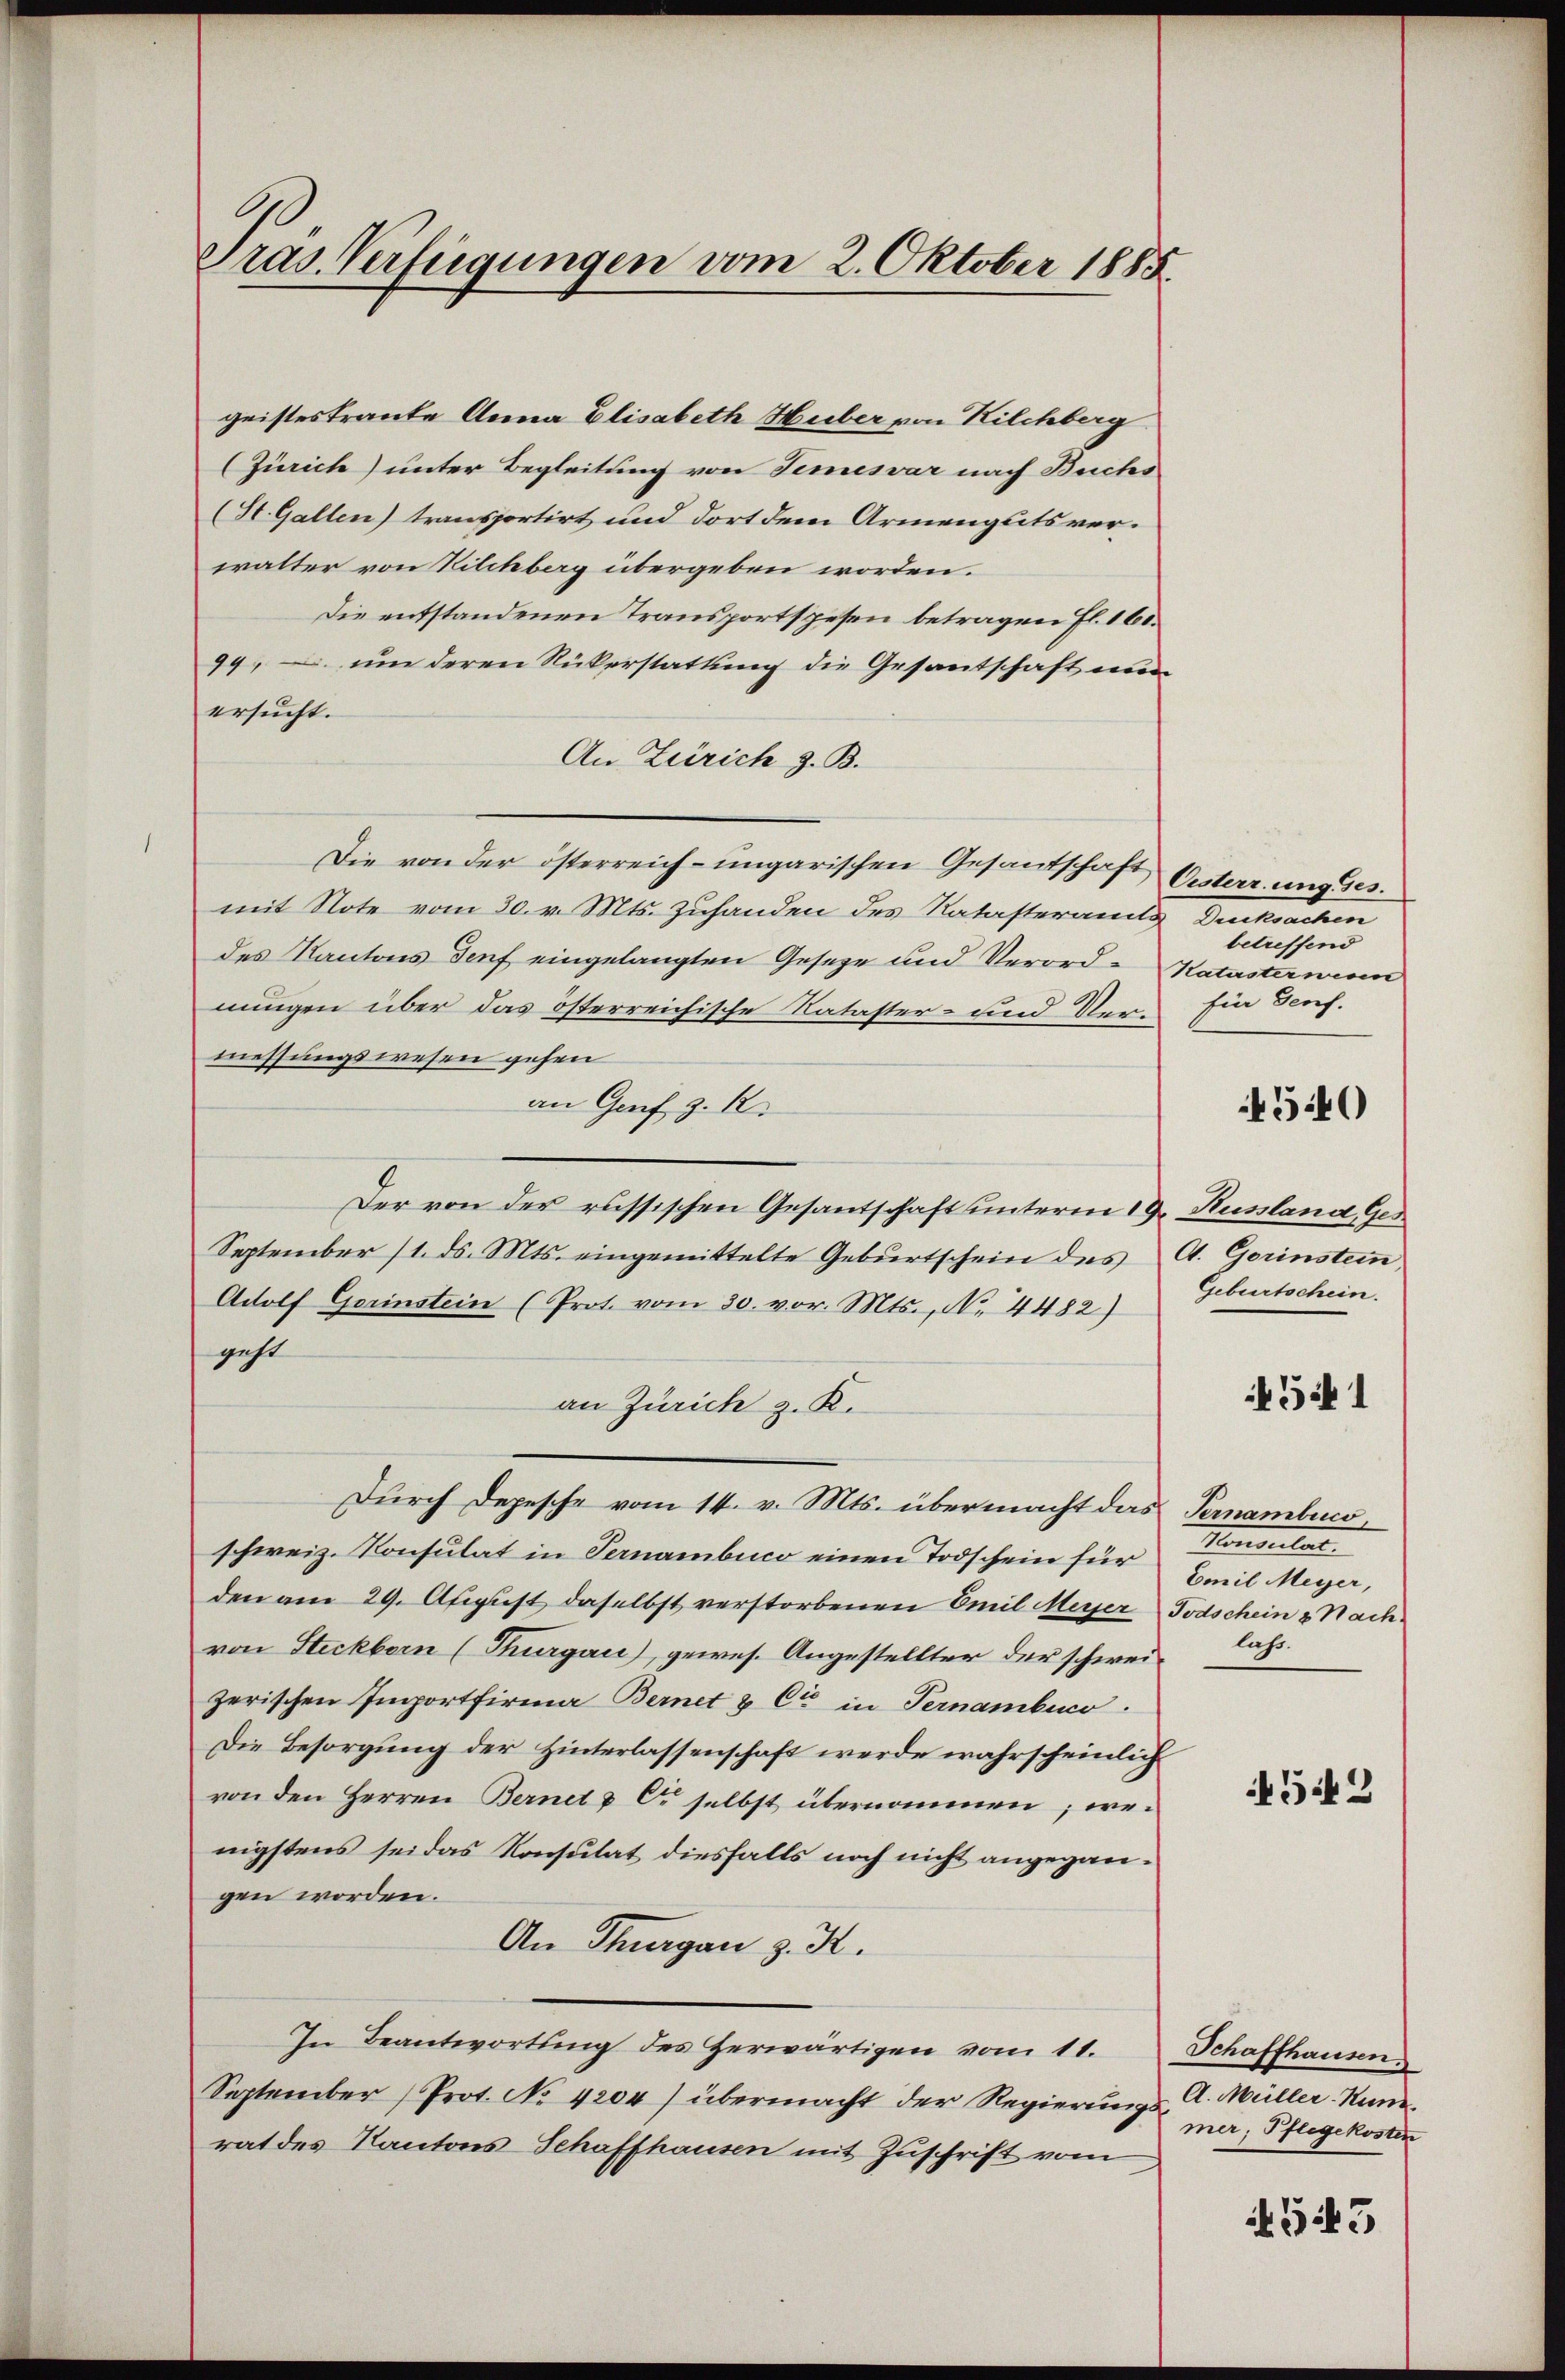
Pras. Verfügungen vom 2. Oktober 1885.

geisteskranke Anna Elisabeth Hueber von Kilchberg
(Zürich) unter Begleitung von Temesvár nach Buchs
(St. Gallen) transportirt und dort dem Armengutsverwalter von Kilchberg übergeben worden.
Die entstandenen Transportspesen betragen fl. 161.
99, um deren Rükerstattung die Gesantschaft nun
ersucht.
An Zürich z. B.
Die von der österreich-ungarischen Gesandschaft Oesterrung des
mit Note vom 30. v. Mts. Zuhanden des Ratasteramts
des Kantons Genf eingelangten Geseze und Verord- Katasterneren
nungen über das österreichische Nataster- und Ver- Ein Genf.
messungswesen gehen
an Genf z. B.
Der von der russischen Gesantschaft unterm 19. Russland Ger
September 11. ds. Mts. eingemittelte Geburtschein des A. Gerinstein
Adolf Gerinstein (Prot. vom 30. vor. Mts., N. 4482)
geht
an Zürich z. K.
Durch Depesche vom 14. v. Mts. übermacht das Pernambico,
schweiz. Konsulat in Pernambico einen Todschein für Emil Meyer,
den am 29. August daselbst verstorbenen Emil Meyer Todschein & Nachvon Steckborn (Thurgau), gewes. Angestellter der schweizerischen Emportfirma Bernet & Cie in Ternambico.
Die Besorgung der Hinterlassenschaft werde wahrscheinlich
von den Herren Bernet & Dr selbst übernommen; wenigstens sei das Konsulat diesfalls noch nicht angegangen worden.
An Thurgau z. K.
In Beantwortŭng des herwärtigen vom 11. Schaffhausen.
September (Prot. No 4204) übermacht der Regierungs- u. Müller. Kunde
rat des Kantons Schaffhausen mit Zuschrift vom

Gerecherchen
betreffend
4540

Geburtschein.

541

Konsulat
lahr.

542

mer; Pflegekosten

G13